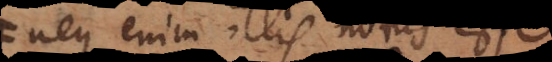
neque enim illis notus esse